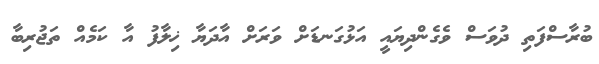
ބުރާސްފަތި ދުވަސް ވެގެންދިޔައީ އަޅުގަނޑަށް ވަރަށް އާދަޔާ ޚިލާފު އާ ކަމެއް ތަޖުރިބާ